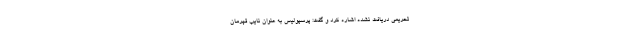
تحریمی دریافت نشده اشاره کرد و گفت: پرسپولیس به عنوان نایب قهرمان